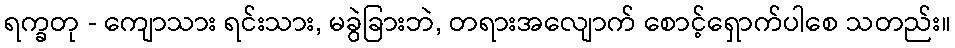
ရက္ခတု - ကျောသား ရင်းသား, မခွဲခြားဘဲ, တရားအလျောက် စောင့်ရှောက်ပါစေ သတည်း။